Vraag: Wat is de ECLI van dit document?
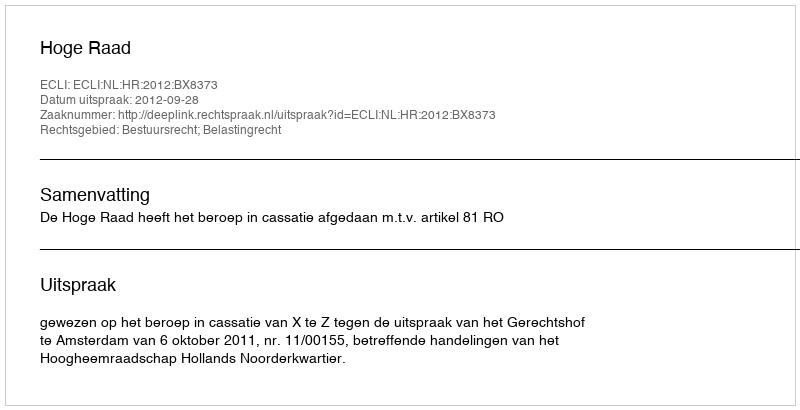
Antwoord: ECLI:NL:HR:2012:BX8373